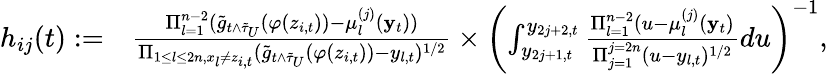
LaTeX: \begin{array}{rl}{h_{ij}(t):=}&{\frac{\Pi_{l=1}^{n-2}(\tilde{g}_{t\wedge\tilde{\tau}_{U}}(\varphi(z_{i,t}))-\mu_{l}^{(j)}(\mathbf{y}_{t}))}{\Pi_{1\le l\le 2n,x_{l}\neq z_{i,t}}(\tilde{g}_{t\wedge\tilde{\tau}_{U}}(\varphi(z_{i,t}))-y_{l,t})^{1/2}}\times\left(\int_{y_{2j+1,t}}^{y_{2j+2,t}}\frac{\Pi_{l=1}^{n-2}(u-\mu_{l}^{(j)}(\mathbf{y}_{t})}{\Pi_{j=1}^{j=2n}(u-y_{l,t})^{1/2}}du\right)^{-1},}\end{array}